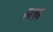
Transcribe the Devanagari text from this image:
सत्त्र